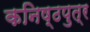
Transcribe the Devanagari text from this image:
कनिष्ठपुत्र